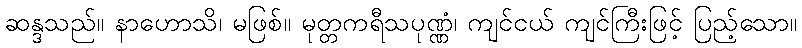
ဆန္ဒသည်။ နာဟောသိ၊ မဖြစ်။ မုတ္တကရီသပုဏ္ဏံ၊ ကျင်ငယ် ကျင်ကြီးဖြင့် ပြည့်သော။